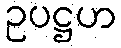
ဥပဋ္ဌဟ